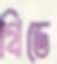
গ্রিডে